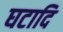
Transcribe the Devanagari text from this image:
घटादि